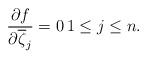
LaTeX: \begin{align*}\frac{\partial f}{\partial \overline{\zeta}_j}=0 \, 1\leq j\leq n.\end{align*}